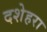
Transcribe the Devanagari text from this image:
दशेहरा